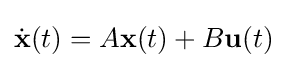
{\dot {\mathbf {x} }}(t)=A\mathbf {x} (t)+B\mathbf {u} (t)